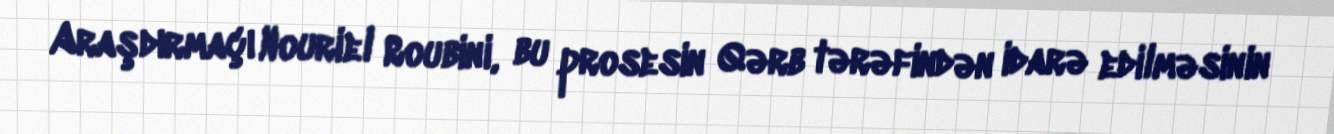
Araşdırmaçı Nouriel Roubini, bu prosesin Qərb tərəfindən idarə edilməsinin